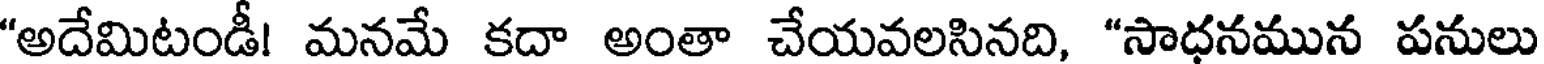
"అదేమిటండీ! మనమే కదా అంతా చేయవలసినది, "సాధనమున పనులు